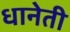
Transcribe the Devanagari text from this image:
धानेती